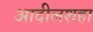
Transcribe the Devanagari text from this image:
आदीलशहा